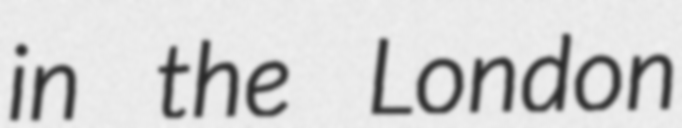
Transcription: in the London